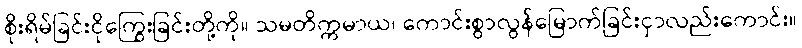
စိုးရိမ်ခြင်းငိုကြွေးခြင်းတို့ကို။ သမတိက္ကမာယ၊ ကောင်းစွာလွန်မြောက်ခြင်းငှာလည်းကောင်း။